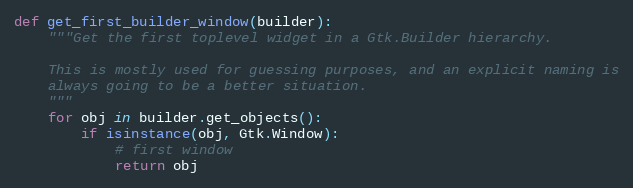
Language: Python
def get_first_builder_window(builder):
    """Get the first toplevel widget in a Gtk.Builder hierarchy.

    This is mostly used for guessing purposes, and an explicit naming is
    always going to be a better situation.
    """
    for obj in builder.get_objects():
        if isinstance(obj, Gtk.Window):
            # first window
            return obj